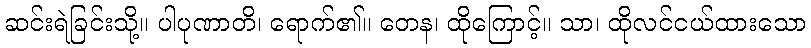
ဆင်းရဲခြင်းသို့။ ပါပုဏာတိ၊ ရောက်၏။ တေန၊ ထိုကြောင့်။ သာ၊ ထိုလင်ငယ်ထားသော